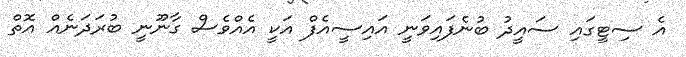
އެ ސިޓީގައި ސައީދު ބުނެފައިވަނީ އައިސީއެފް އަކީ އެއްވެސް ގާނޫނީ ބުރަދަނެއް އޮތް